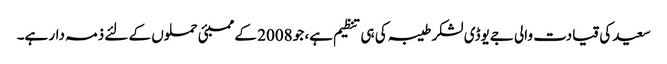
سعید کی قیادت والی جےیوڈی لشکر طیبہ کی ہی تنظیم ہے، جو 2008 کے ممبئی حملوں کے لئے ذمہ دار ہے۔